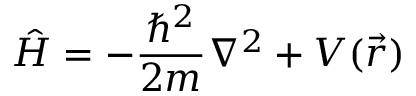
{ \hat { H } } = - { \frac { \hbar ^ { 2 } } { 2 m } } \nabla ^ { 2 } + V ( { \vec { r } } )